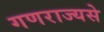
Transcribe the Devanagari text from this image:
गणराज्यसे